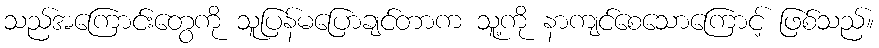
သည်အကြောင်းတွေကို သူပြန်မပြောချင်တာက သူ့ကို နာကျင်စေသောကြောင့် ဖြစ်သည်။